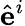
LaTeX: {\hat{\mathbf{e}}}^{i}